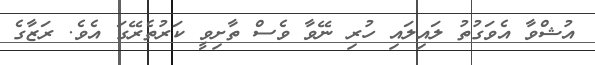
އުޝްވާ އެވަގުތު ލައިލައި ހުރި ނޭވާ ވެސް ތާށިވީ ކަރުތެރޭގަ އެވެ. ރަޒާގެ